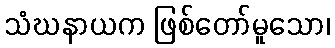
သံဃနာယက ဖြစ်တော်မူသော၊